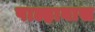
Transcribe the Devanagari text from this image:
पाल्हावास